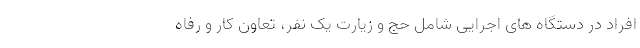
افراد در دستگاه های اجرایی شامل حج و زیارت یک نفر، تعاون کار و رفاه